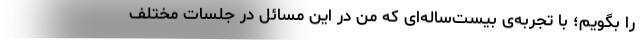
را بگویم؛ با تجربه‌ی بیست‌ساله‌ای که من در این مسائل در جلسات مختلف